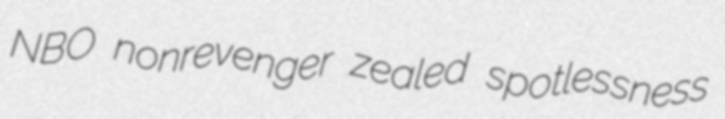
NBO nonrevenger zealed spotlessness